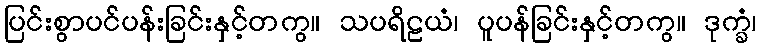
ပြင်းစွာပင်ပန်းခြင်းနှင့်တကွ။ သပရိဠယံ၊ ပူပန်ခြင်းနှင့်တကွ။ ဒုက္ခံ၊